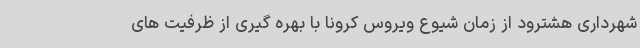
شهرداری هشترود از زمان شیوع ویروس کرونا با بهره گیری از ظرفیت های